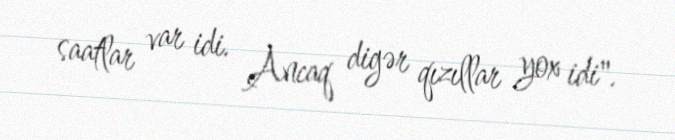
saatlar var idi. Ancaq digər qızıllar yox idi".